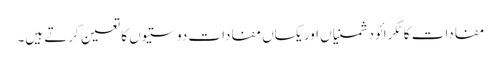
مفادات کا ٹکرائو دشمنیاں اور یکساں مفادات دوستیوں کا تعین کرتے ہیں۔